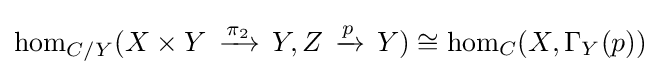
\hom _{C/Y}(X\times Y\,\xrightarrow {\overset {}{\pi _{2}}} \,Y,Z\,\xrightarrow {\overset {}{p}} \,Y)\cong \hom _{C}(X,\Gamma _{Y}(p))